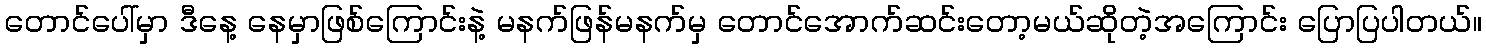
တောင်ပေါ်မှာ ဒီနေ့ နေမှာဖြစ်ကြောင်းနဲ့ မနက်ဖြန်မနက်မှ တောင်အောက်ဆင်းတော့မယ်ဆိုတဲ့အကြောင်း ပြောပြပါတယ်။